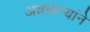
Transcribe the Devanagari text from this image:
अन्नधान्यांने